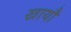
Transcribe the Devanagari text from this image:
खायौ